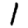
Digit: 1